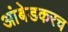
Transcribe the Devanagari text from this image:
आंबेडकरच